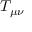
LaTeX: T _ { \mu \nu }